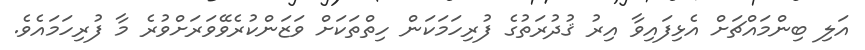
އަލި ބިންމައްޗަށް އެޅިފައިވާ އިރު ޤުދުރަތުގެ ފުރިހަމަކަން ހިތްތަކަށް ވަޒަންކުރެވޭވަރަށްވުރެ މާ ފުރިހަމައެވެ.